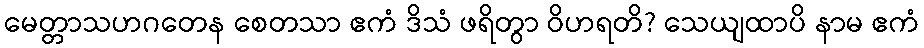
မေတ္တာသဟဂတေန စေတသာ ဧကံ ဒိသံ ဖရိတွာ ဝိဟရတိ? သေယျထာပိ နာမ ဧကံ